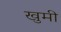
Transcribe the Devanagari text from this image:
खुमी